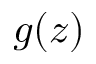
g ( z )